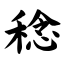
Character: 稔